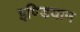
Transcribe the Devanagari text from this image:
इण्डियान